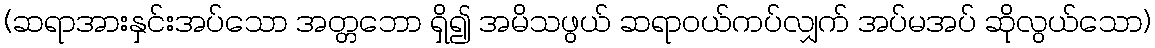
(ဆရာအားနှင်းအပ်သော အတ္တဘော ရှိ၍ အမိသဖွယ် ဆရာဝယ်ကပ်လျှက် အပ်မအပ် ဆိုလွယ်သော)